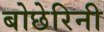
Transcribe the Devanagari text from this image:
बोछेरिनी